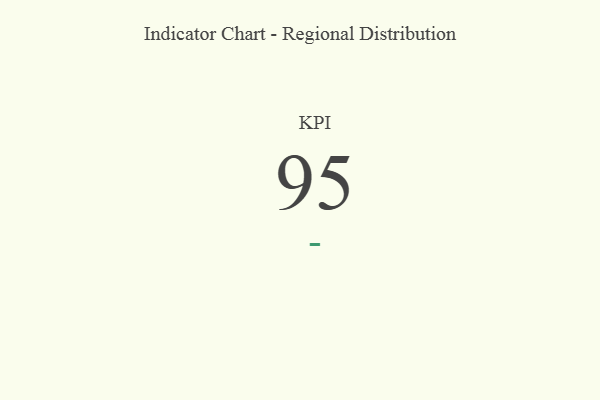
{"axis": {"x": "KPI", "y": "Value"}, "legend": [""], "data": [{"x": "KPI", "y": 95, "type": ""}]}